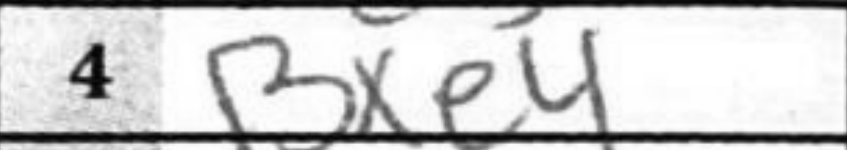
Transcription: Bxe4